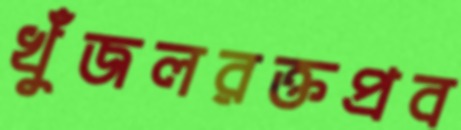
খুঁজলরক্তপ্রব